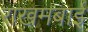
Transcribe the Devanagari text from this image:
राखमबाई